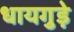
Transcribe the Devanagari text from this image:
धायगुड़े